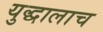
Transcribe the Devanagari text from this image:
युद्धालाच